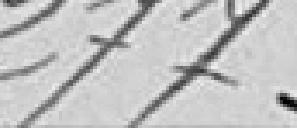
277